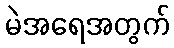
မဲအရေအတွက်